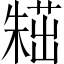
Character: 𣙸